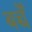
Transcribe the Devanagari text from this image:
बच्चेँ